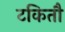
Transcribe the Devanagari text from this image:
टकितौ